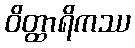
ဝိတ္ထာရိကဿ